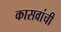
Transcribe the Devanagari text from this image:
कासवांची